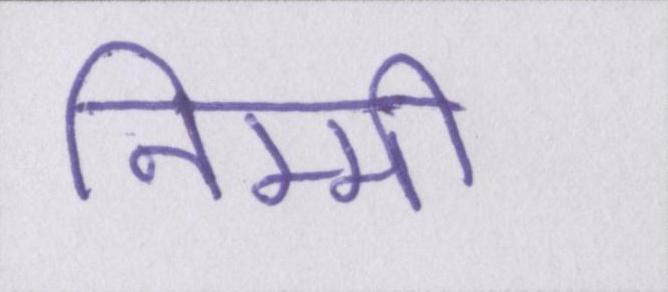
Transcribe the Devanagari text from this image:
निम्मी